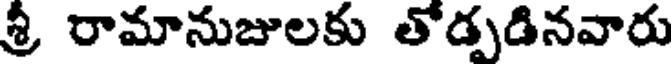
శ్రీ రామానుజులకు తోడ్పడినవారు